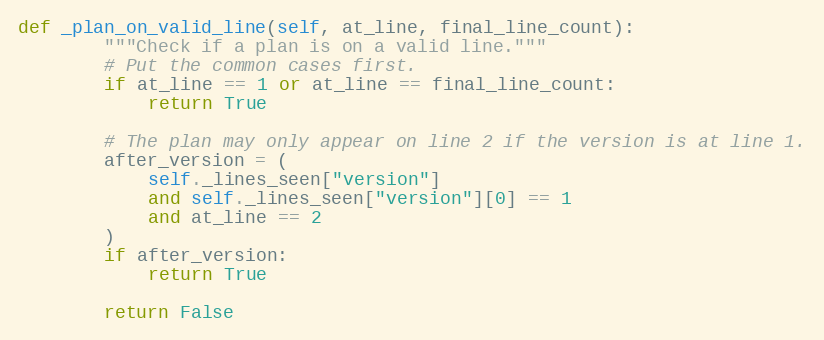
Language: Python
def _plan_on_valid_line(self, at_line, final_line_count):
        """Check if a plan is on a valid line."""
        # Put the common cases first.
        if at_line == 1 or at_line == final_line_count:
            return True

        # The plan may only appear on line 2 if the version is at line 1.
        after_version = (
            self._lines_seen["version"]
            and self._lines_seen["version"][0] == 1
            and at_line == 2
        )
        if after_version:
            return True

        return False